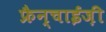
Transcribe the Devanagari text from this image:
फ्रैन्चाईज़ी